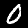
Label: 0